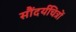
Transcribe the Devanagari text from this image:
सौंदर्यचित्रों